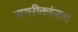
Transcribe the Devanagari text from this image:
नागरीकांनाच